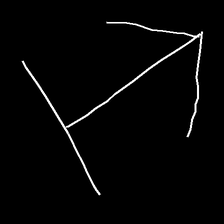
Glyph: levitation